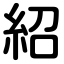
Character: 紹